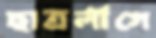
ছাত্রলীগে